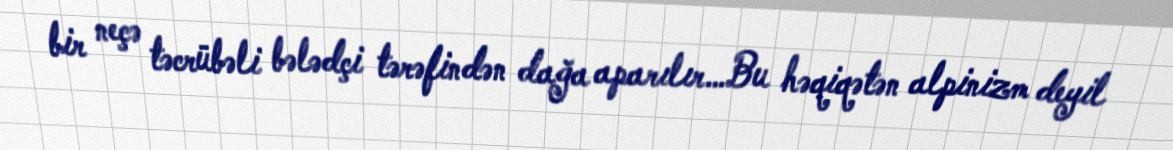
bir neçə təcrübəli bələdçi tərəfindən dağa aparılır…Bu həqiqətən alpinizm deyil